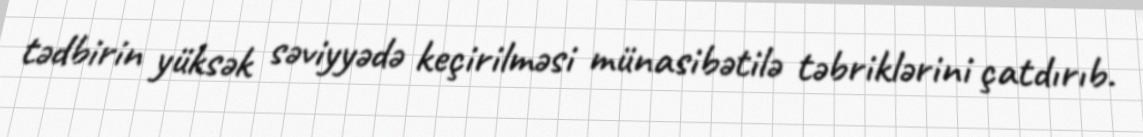
tədbirin yüksək səviyyədə keçirilməsi münasibətilə təbriklərini çatdırıb.